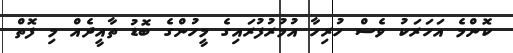
ކޮންމެ އަހަރަކު ވެސް ހުރިހާ އުމުރުފުރައިގެ މީހުންގެ ބޮޑު ތާއީދެއް މި ފޮތް